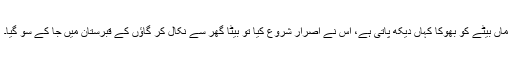
ماں بیٹے کو بھوکا کہاں دیکھ پاتی ہے، اس نے اصرار شروع کیا تو بیٹا گھر سے نکال کر گاؤں کے قبرستان میں جا کے سو گیا۔